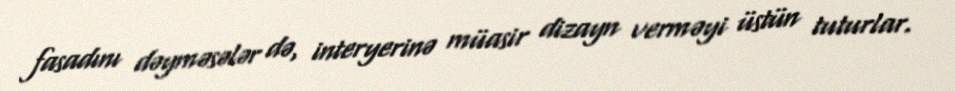
fasadını dəyməsələr də, interyerinə müasir dizayn verməyi üstün tuturlar.